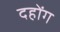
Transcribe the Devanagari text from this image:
दहोंग